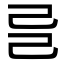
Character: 𢀵